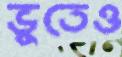
ভুতেও